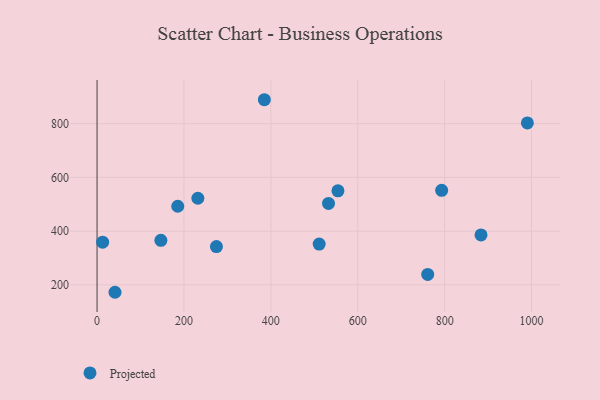
{"axis": {"x": "Distance", "y": "Sales"}, "legend": ["Projected"], "data": [{"x": "12.8", "y": 358.9, "type": "Projected"}, {"x": "793.1", "y": 551.9, "type": "Projected"}, {"x": "146.9", "y": 365.6, "type": "Projected"}, {"x": "883.7", "y": 385.8, "type": "Projected"}, {"x": "761.0", "y": 238.6, "type": "Projected"}, {"x": "274.7", "y": 342.6, "type": "Projected"}, {"x": "41.3", "y": 172.3, "type": "Projected"}, {"x": "385.0", "y": 889.1, "type": "Projected"}, {"x": "185.7", "y": 492.5, "type": "Projected"}, {"x": "532.7", "y": 503.0, "type": "Projected"}, {"x": "554.4", "y": 549.9, "type": "Projected"}, {"x": "232.0", "y": 522.4, "type": "Projected"}, {"x": "990.4", "y": 802.9, "type": "Projected"}, {"x": "511.2", "y": 351.9, "type": "Projected"}]}